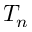
T _ { n }